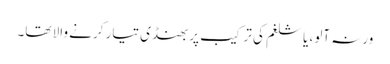
ورنہ آلو، یا شلغم کی ترکیب پر بھنڈی تیار کرنے والا تھا۔